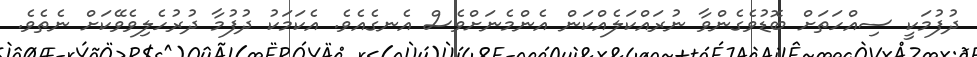
ދުފުމަކީ ސިއްހަތަށް ބޮޑުވެގެންވާ ނުރައްކަލެއްކަން އެންމެނަށްވެސް އެނގެއެވެ. އެކަމަކު ދުފުމާ ދުރުހެލިވެވޭކަށް ނެތެވެ.